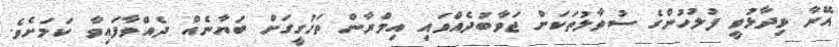
އޭނާ ވިދާޅުވީ ފުލުހުންގެ ސުވާލުތަކަށް ޖަވާބުދެއްވައި އިމްރާން ތަހުގީގަށް ބަޔާނެއް ދެއްވާފައިވާ ކަމަށެވެ.